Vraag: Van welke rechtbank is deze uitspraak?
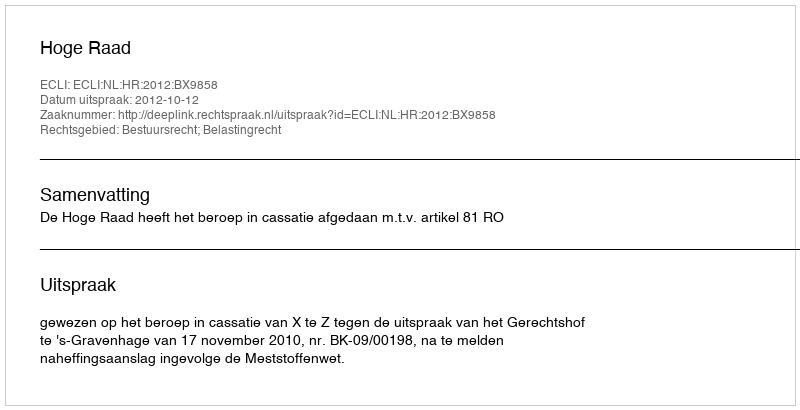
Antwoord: Hoge Raad